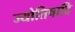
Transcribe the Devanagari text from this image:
ज्योतिषादि